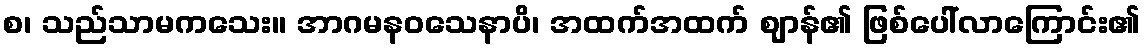
စ၊ သည်သာမကသေး။ အာဂမနဝသေနာပိ၊ အထက်အထက် ဈာန်၏ ဖြစ်ပေါ်လာကြောင်း၏